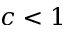
c < 1